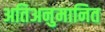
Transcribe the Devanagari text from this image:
अतिअनुमानित